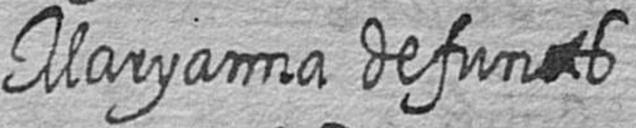
Maryanna defunts